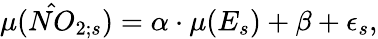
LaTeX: \mu(\hat{NO}_{2;s})=\alpha\cdot\mu(E_{s})+\beta+\epsilon_{s},